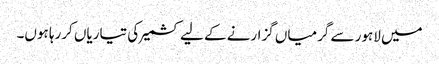
میں لاہور سے گرمیاں گزارنے کے لیے کشمیر کی تیاریاں کررہا ہوں۔